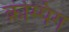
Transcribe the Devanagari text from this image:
क्रंम्पिंग